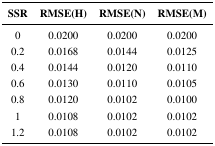
| SSR | RMSE(H) | RMSE(N) | RMSE(M) |
 | --- | --- | --- | --- |
 | 0 | 0.0200 | 0.0200 | 0.0200 |
 | 0.2 | 0.0168 | 0.0144 | 0.0125 |
 | 0.4 | 0.0144 | 0.0120 | 0.0110 |
 | 0.6 | 0.0130 | 0.0110 | 0.0105 |
 | 0.8 | 0.0120 | 0.0102 | 0.0100 |
 | 1 | 0.0108 | 0.0102 | 0.0102 |
 | 1.2 | 0.0108 | 0.0102 | 0.0102 |